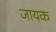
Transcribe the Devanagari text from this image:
जायक